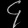
Digit: ၄